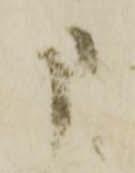
申